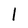
Character: l